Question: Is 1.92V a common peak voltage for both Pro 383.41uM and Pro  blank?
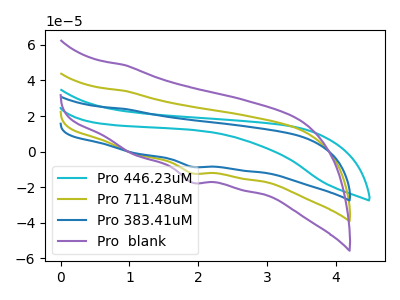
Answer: <think>The cyan curve "Pro 446.23uM" has no peaks. The olive curve "Pro 711.48uM" has a cathodic peak at: (1.90V, -12.30uA). The blue curve "Pro 383.41uM" has a cathodic peak at: (1.90V, -8.65uA). The purple curve "Pro  blank" has a cathodic peak at: (1.90V, -24.60uA).</think>
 <answer>Yes, "Pro 383.41uM" and "Pro  blank" share a peak at 1.92V.</answer>
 <eval>match</eval>